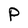
Character: P